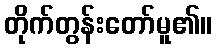
တိုက်တွန်းတော်မူ၏။